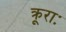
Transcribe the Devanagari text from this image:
क्रूराः